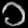
Digit: ၁